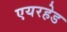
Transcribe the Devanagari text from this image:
एयरहेड